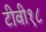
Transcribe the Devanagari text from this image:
टीवी१८